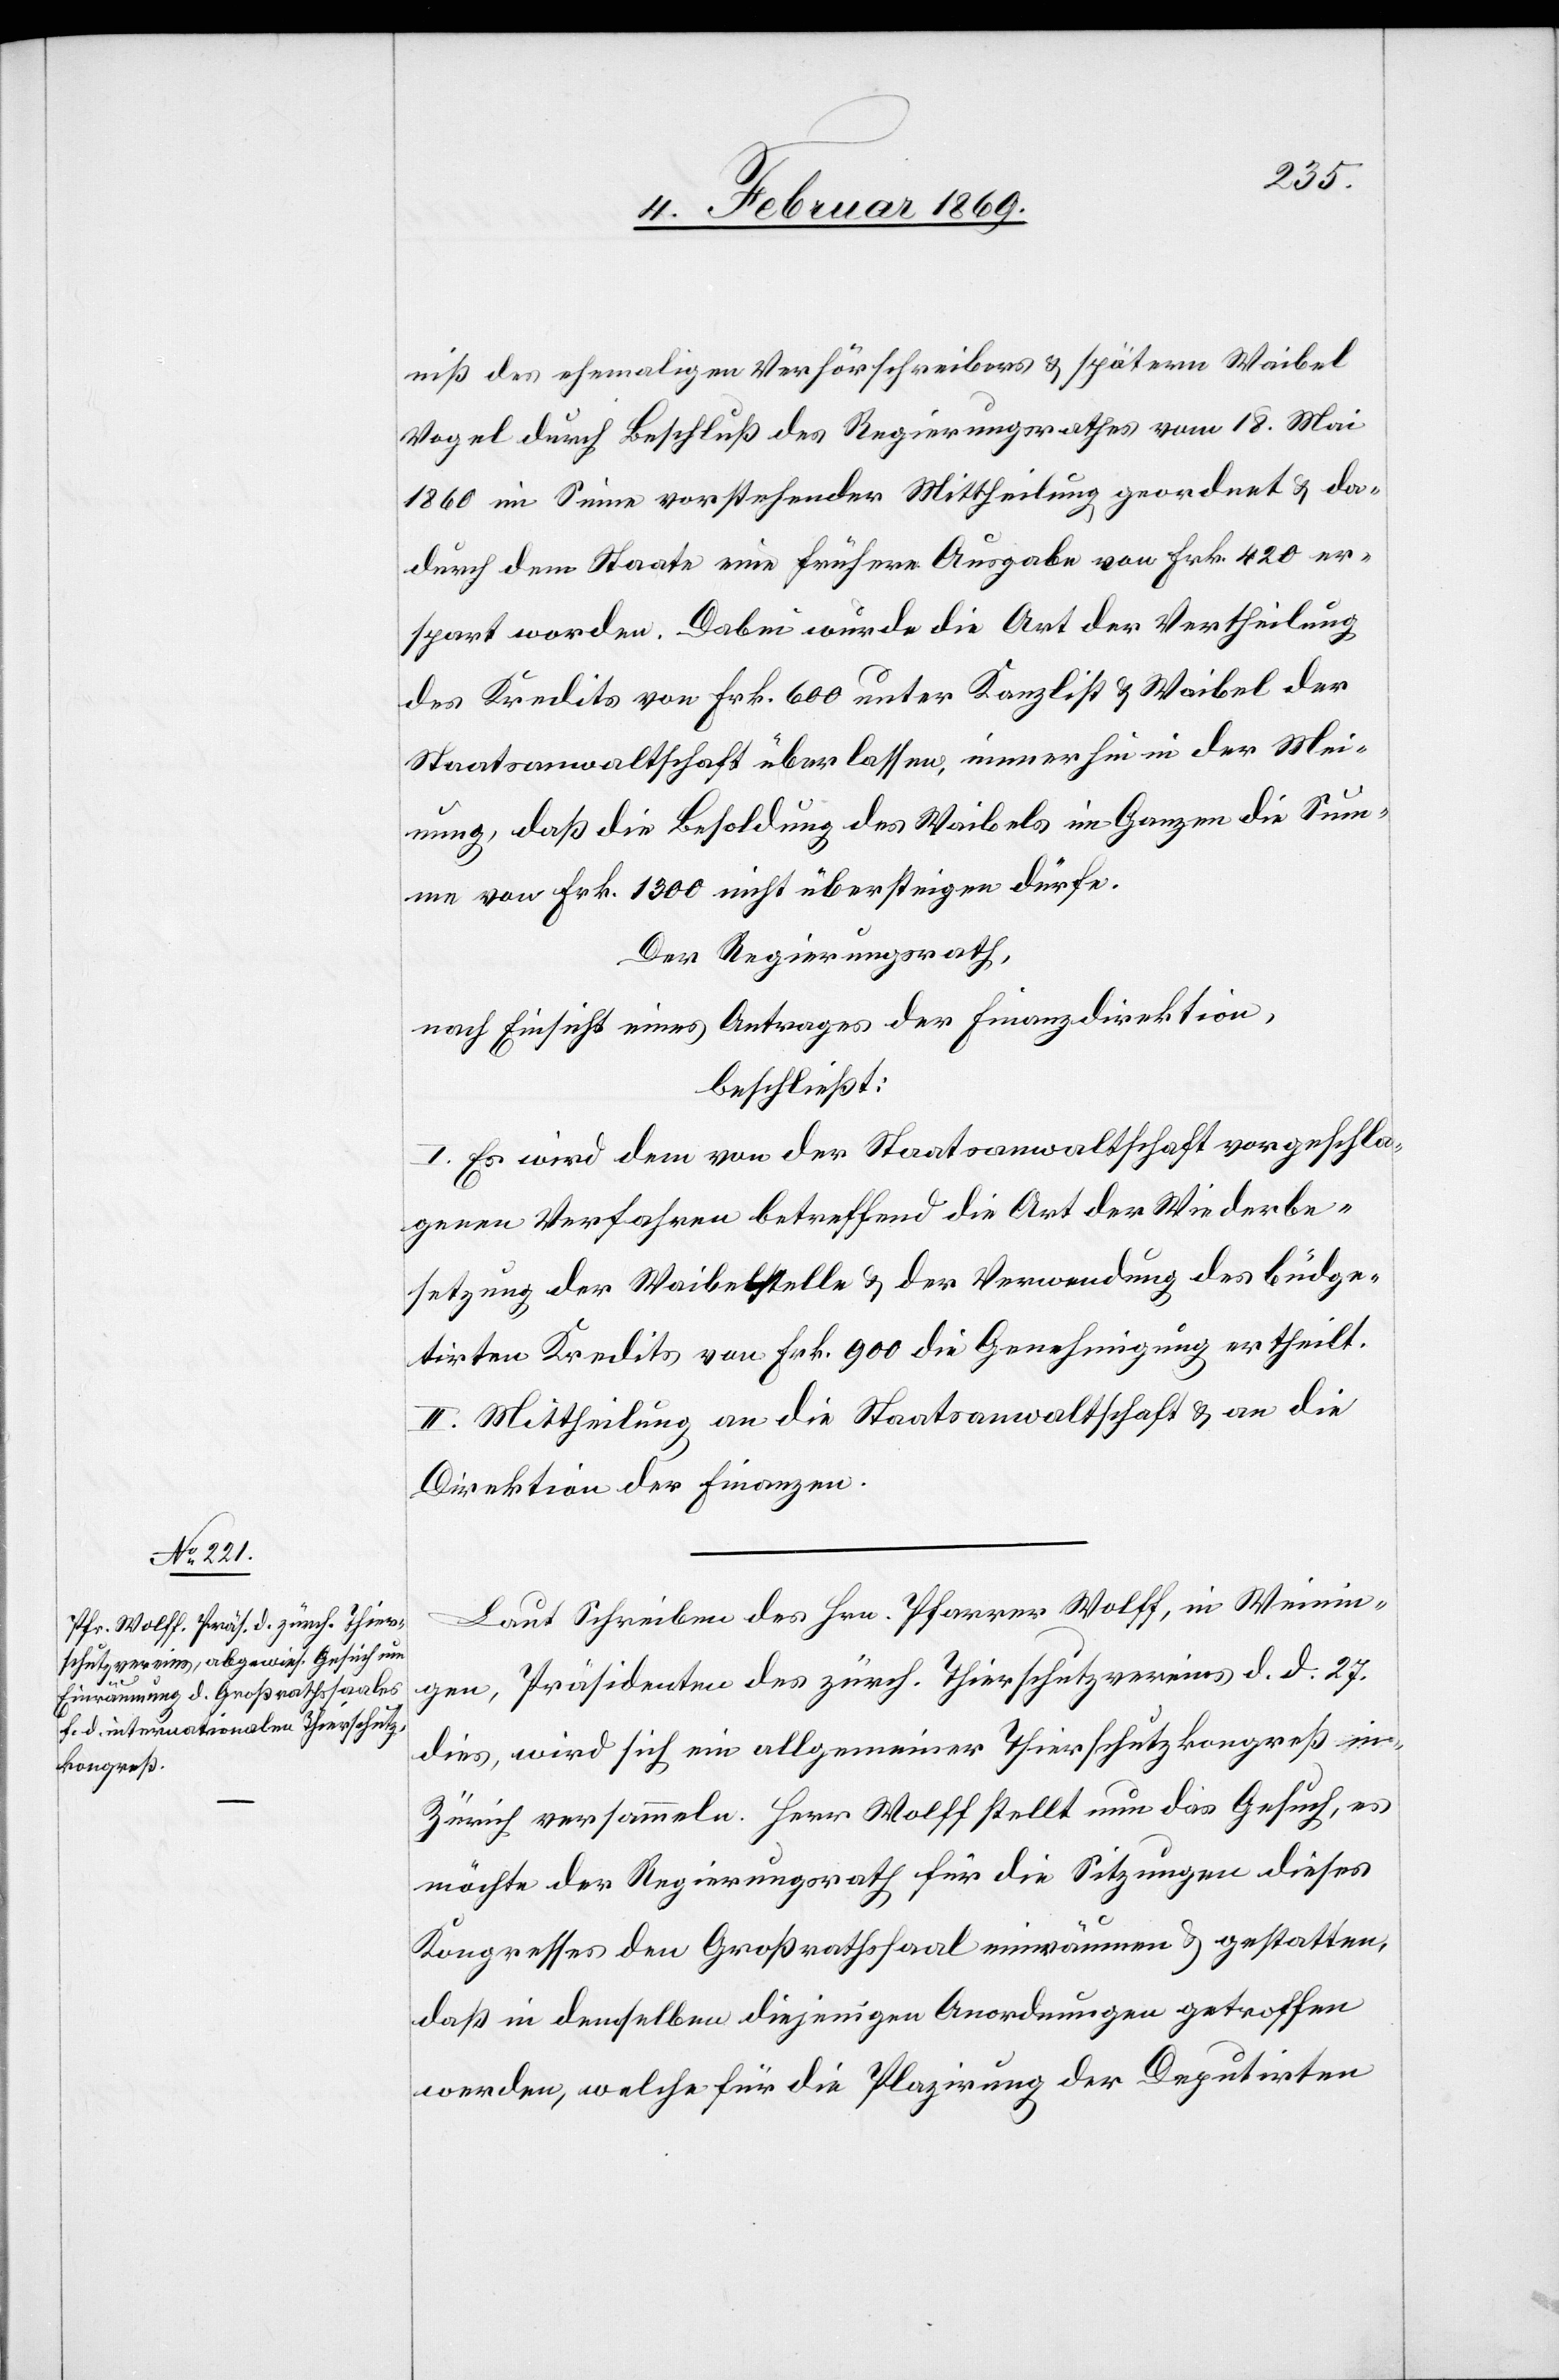
niß des ehemaligen Verhörschreibers u. spätern Waibel
Vogel durch Beschluß des Regierungsrathes vom 18. Mai
1860 im Sinne vorstehender Mittheilung geordnet u. da¬
durch dem Staate eine frühere Ausgabe von Frk. 420 er¬
spart worden. Dabei wurde die Art der Vertheilung
des Kredits von Frk. 600 unter Kanzlist Waibel der
Staatsanwaltschaft überlassen, immerhin in der Mei¬
nung, da die Besoldung des Waibels im Ganzen die Sum¬
me von Frk. 1300 nicht übersteigen dürfe.
Der Regierungsrath,
nach Einsicht eines Antrages der Finanzdirektion,
beschließt:
I. Es wird dem von der Staatsanwaltschaft vorgeschla¬
genen Verfahren betreffend die Art der Wiederbe¬
setzung der Waibelstelle u. der Verwendung des büdge¬
tirten Kredits von Frk. 900 die Genehmigung ertheilt.
II. Mittheilung an die Staatsanwaltschaft u. an die
Direktion der Finanzen.
Laut Schreiben des Hrn. Pfarrer Wolff, in Weinin¬
gen, Präsidenten des zürch. Thierschutzvereines d. d. 27.
dies, wird sich ein allgemeiner Thierschutzkongreß in
Zürich versammeln. Herr Wolff stellt nun das Gesuch, es
möchte der Regierungsrath für die Sitzungen dieses
Kongresses den Großrathssaal einräumen u. gestatten,
daß in demselben diejenigen Anordnungen getroffen
werden, welche für die Plazirung der Deputirten